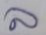
ล